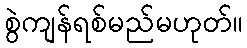
စွဲကျန်ရစ်မည်မဟုတ်။